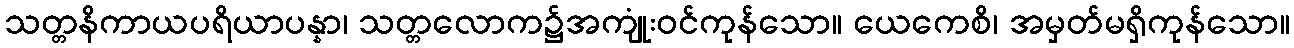
သတ္တနိကာယပရိယာပန္နာ၊ သတ္တလောက၌အကျုံးဝင်ကုန်သော။ ယေကေစိ၊ အမှတ်မရှိကုန်သော။